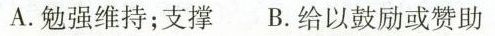
A.勉强维持；支撑 B.给以鼓励或赞助